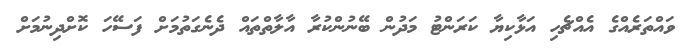
ވައްތަރެެއްގެ އެއްޗެހި އަޅާކިޔާ ކަރަންޓު މަދުން ބޭނުންކުރާ އާލާތްތައް ދެނެގަތުމަށް ފަސޭހަ ކޮށްދިނުމަށް